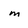
Character: m